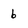
Character: 6